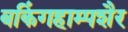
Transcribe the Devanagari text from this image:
बकिंगहाम्पशैर